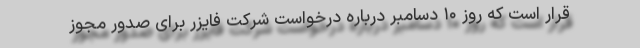
قرار است که روز ۱۰ دسامبر درباره درخواست شرکت فایزر برای صدور مجوز